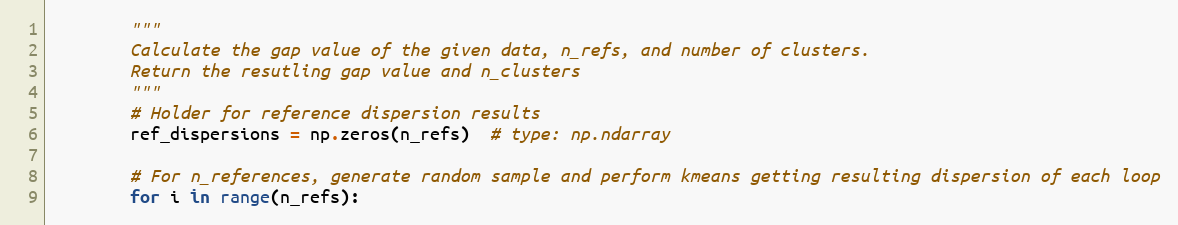
Language: Python
        """
        Calculate the gap value of the given data, n_refs, and number of clusters.
        Return the resutling gap value and n_clusters
        """
        # Holder for reference dispersion results
        ref_dispersions = np.zeros(n_refs)  # type: np.ndarray

        # For n_references, generate random sample and perform kmeans getting resulting dispersion of each loop
        for i in range(n_refs):